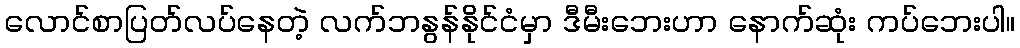
လောင်စာပြတ်လပ်နေတဲ့ လက်ဘနွန်နိုင်ငံမှာ ဒီမီးဘေးဟာ နောက်ဆုံး ကပ်ဘေးပါ။